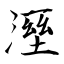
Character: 溼